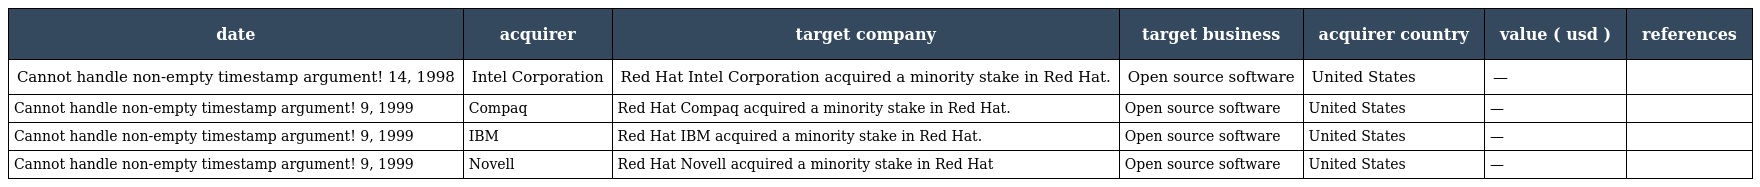
| date | acquirer | target company | target business | acquirer country | value ( usd ) | references |
 | --- | --- | --- | --- | --- | --- | --- |
 | Cannot handle non-empty timestamp argument! 14, 1998 | Intel Corporation | Red Hat Intel Corporation acquired a minority stake in Red Hat. | Open source software | United States | — |  |
 | Cannot handle non-empty timestamp argument! 9, 1999 | Compaq | Red Hat Compaq acquired a minority stake in Red Hat. | Open source software | United States | — |  |
 | Cannot handle non-empty timestamp argument! 9, 1999 | IBM | Red Hat IBM acquired a minority stake in Red Hat. | Open source software | United States | — |  |
 | Cannot handle non-empty timestamp argument! 9, 1999 | Novell | Red Hat Novell acquired a minority stake in Red Hat | Open source software | United States | — |  |